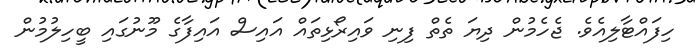
ހިފައްޓާލިއެވެ. ޖެހެމުން ދިޔަ ތެތް ފިނި ވައިރޯޅިތައް އައިސް އައިފާގެ މޫނުގައި ބީހިލުމުން